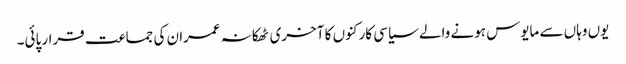
یوں وہاں سے مایوس ہونے والے سیاسی کارکنوں کا آخری ٹھکانہ عمران کی جماعت قرار پائی۔